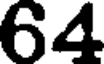
64